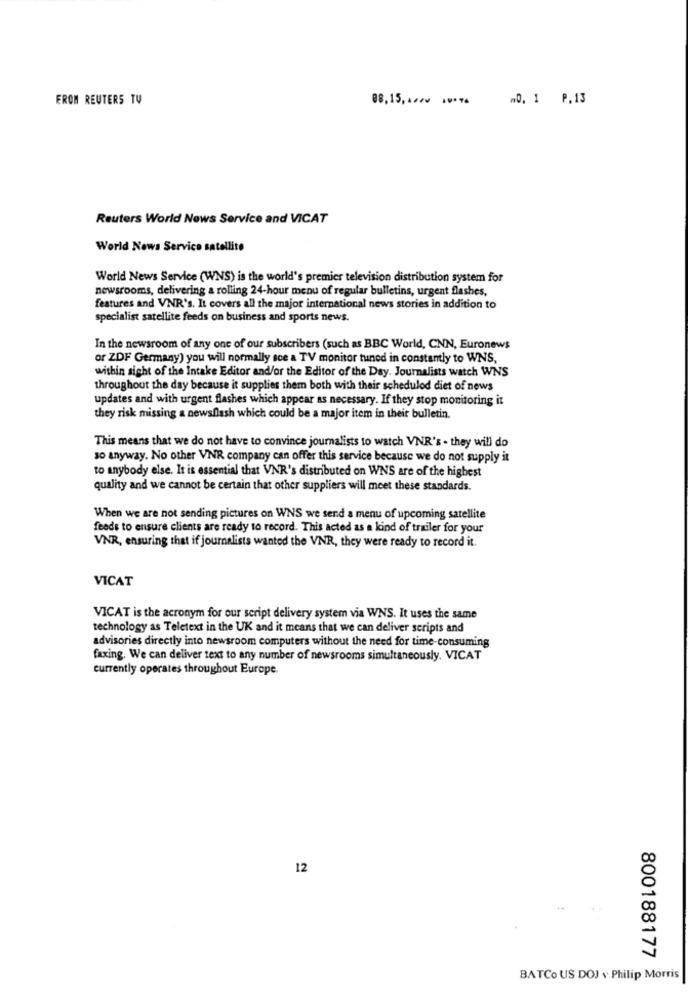
EROM REUTERS TV
88,15 ,*** w ***** 0, 1 P.13
Reuters World News Service and VICAT
World News Service satellite
World News Service (WNS) is the world's premier television distribution system for
newsrooms, delivering a rolling 24-hour menu of regular bulletins, urgent flashes,
features and VNR's. It covers all the major international news stories in addition to
specialist satellite feeds on business and sports news.
In the newsroom of any one of our subscribers (such as BBC World, CNN, Euronews
or ZDF Germany) you will normally sce a TV monitor tuned in constantly to WNS,
within sight of the Intake Editor and/or the Editor of the Day. Journalists watch WNS
throughout the day because it supplies them both with their schedulod diet of news
updates and with urgent flashes which appear as necessary. If they stop monitoring it
they risk missing a newsflash which could be a major item in their bulletin.
This means that we do not have to convince journalists to watch VNR's - they will do
so anyway. No other VNR company can offer this service because we do not supply it
to anybody else. It is essential that VNR's distributed on WNS are of the highest
quality and we cannot be certain that other suppliers will meet these standards.
When we are not sending pictures on WNS we send a menu of upcoming satellite
feeds to ensure clients are ready to record. This acted as a kind of trailer for your
VNR, ensuring that if journalists wanted the VNR, they were ready to record it.
VICAT
VICAT is the acronym for our script delivery system via WNS. It uses the same
technology as Teletext in the UK and it means that we can deliver scripts and
advisories directly into newsroom computers without the need for time-consuming
faxing. We can deliver text to any number of newsrooms simultaneously. VICAT
currently operates throughout Europe.
12
800188177
BATCo US DOJ v Philip Morris